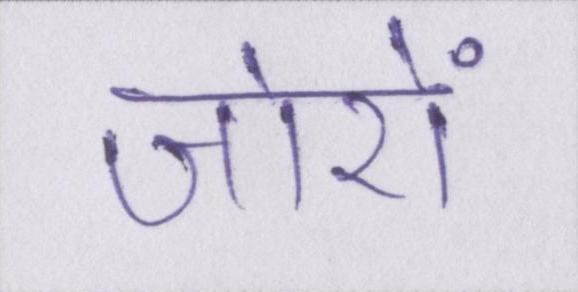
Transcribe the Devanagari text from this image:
जोरों